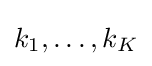
k_{1},\ldots ,k_{K}